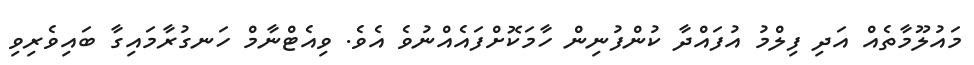
މައުލޫމާތެއް އަދި ފިލްމު އުފައްދާ ކުންފުނިން ހާމަކޮށްފައެއްނުވެ އެވެ. ވިއެޓްނާމް ހަނގުރާމައިގާ ބައިވެރިވި